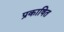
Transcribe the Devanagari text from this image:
प्रकाषित